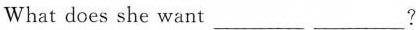
What does she want ___ ___ ?